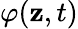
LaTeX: \varphi({\mathbf{z}},t)